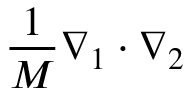
{ \frac { 1 } { M } } { \boldsymbol { \nabla } } _ { 1 } \cdot { \boldsymbol { \nabla } } _ { 2 } \,